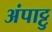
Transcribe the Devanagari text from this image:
अंपाट्टु